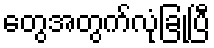
တွေအတွက်လုံခြုံပြီ